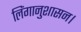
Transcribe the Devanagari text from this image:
लिंगानुशासन।